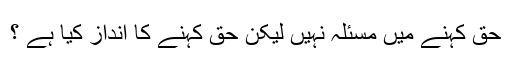
حق کہنے میں مسئلہ نہيں لیکن حق کہنے کا انداز کیا ہے ؟